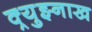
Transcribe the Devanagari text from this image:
क्र्युझ्नाख